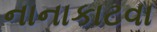
નાનાકાટવા